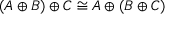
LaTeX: ( A \oplus B ) \oplus C \cong A \oplus ( B \oplus C )